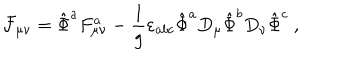
{ \cal F } _ { \mu \nu } = \hat { \Phi } ^ { a } F _ { \mu \nu } ^ { a } - \frac { 1 } { g } \varepsilon _ { a b c } \hat { \Phi } ^ { a } D _ { \mu } \hat { \Phi } ^ { b } D _ { \nu } \hat { \Phi } ^ { c } \ ,